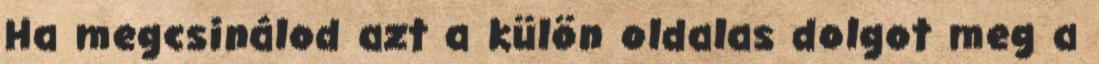
Ha megcsinálod azt a külön oldalas dolgot meg a